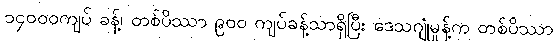
၁၄၀၀၀ကျပ် ခန့်၊ တစ်ပိဿာ ၉၀၀ ကျပ်ခန့်သာရှိပြီး ဒေသဂျုံမှုန့်က တစ်ပိဿာ